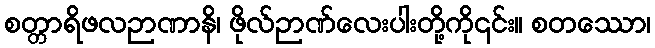
စတ္တာရိဖလဉာဏာနိ၊ ဖိုလ်ဉာဏ်လေးပါးတို့ကို၎င်း။ စတဿော၊